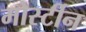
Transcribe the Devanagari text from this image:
मोर्स्टीन